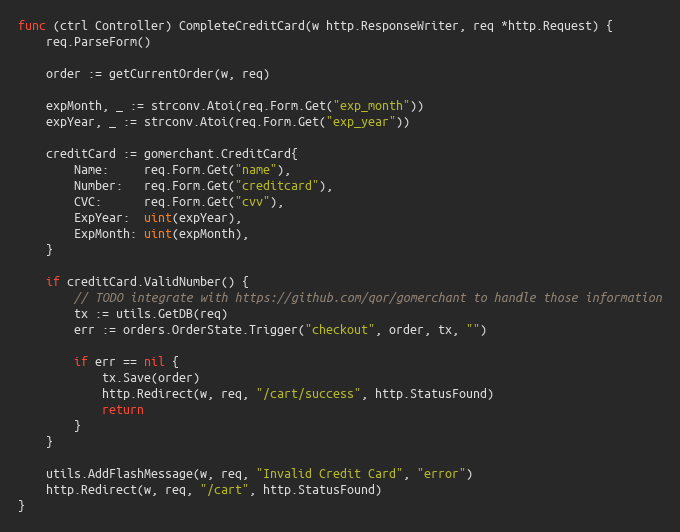
Language: Go
func (ctrl Controller) CompleteCreditCard(w http.ResponseWriter, req *http.Request) {
	req.ParseForm()

	order := getCurrentOrder(w, req)

	expMonth, _ := strconv.Atoi(req.Form.Get("exp_month"))
	expYear, _ := strconv.Atoi(req.Form.Get("exp_year"))

	creditCard := gomerchant.CreditCard{
		Name:     req.Form.Get("name"),
		Number:   req.Form.Get("creditcard"),
		CVC:      req.Form.Get("cvv"),
		ExpYear:  uint(expYear),
		ExpMonth: uint(expMonth),
	}

	if creditCard.ValidNumber() {
		// TODO integrate with https://github.com/qor/gomerchant to handle those information
		tx := utils.GetDB(req)
		err := orders.OrderState.Trigger("checkout", order, tx, "")

		if err == nil {
			tx.Save(order)
			http.Redirect(w, req, "/cart/success", http.StatusFound)
			return
		}
	}

	utils.AddFlashMessage(w, req, "Invalid Credit Card", "error")
	http.Redirect(w, req, "/cart", http.StatusFound)
}